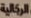
الرجالية